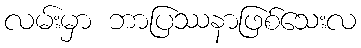
လမ်းမှာ ဘာပြဿနာဖြစ်သေးလ